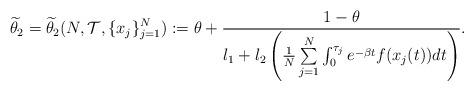
LaTeX: \begin{align*}\widetilde{\theta}_2=\widetilde{\theta}_2(N, \mathcal{T}, \{x_j\}_{j=1}^{N}):=\theta+\frac{1-\theta}{l_1+l_2\left(\frac{1}{N}\sum\limits_{j=1}^N\int_0^{\tau_j}e^{-\beta t}f(x_j(t))dt\right)}.\end{align*}